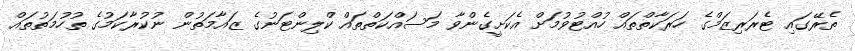
ތެރޭގައި ޓެރަރިޒަމްގެ ހަރަކާތްތައް ހުއްޓުވުމަށް އެކަށީގެންވާ މަސައްކަތްތައް ކްލިންޓަނުގެ ޒައާމަތުން ނުކުރާކަމުގެ ތުހުމަތުތައް